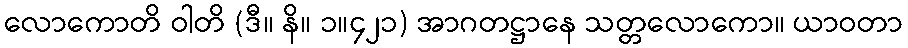
လောကောတိ ဝါတိ (ဒီ။ နိ။ ၁။၄၂၁) အာဂတဋ္ဌာနေ သတ္တလောကော။ ယာဝတာ